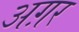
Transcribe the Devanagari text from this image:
अग़र